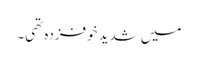
میں شدید خوفزدہ تھی۔